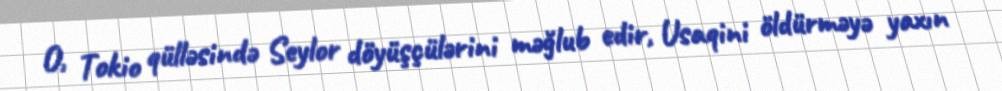
O, Tokio qülləsində Seylor döyüşçülərini məğlub edir, Usaqini öldürməyə yaxın